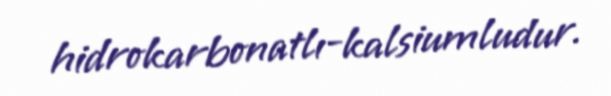
hidrokarbonatlı-kalsiumludur.